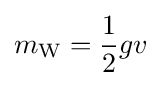
m_{\text{W}}={\frac {1}{2}}gv